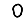
Digit: 0